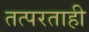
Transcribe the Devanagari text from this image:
तत्परताही